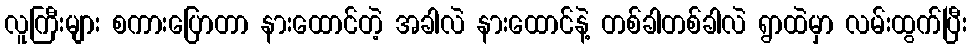
လူကြီးများ စကားပြောတာ နားထောင်တဲ့ အခါလဲ နားထောင်နဲ့ တစ်ခါတစ်ခါလဲ ရွာထဲမှာ လမ်းထွက်ပြီး